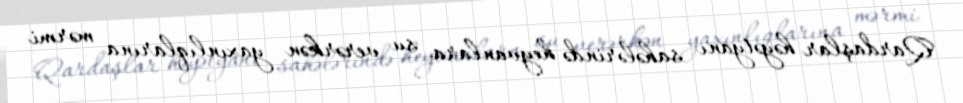
Qardaşlar həyətyanı sahələrində heyvanlara su verərkən yaxınlıqlarına mərmi